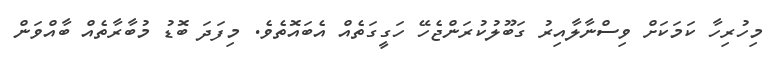
މިހުރިހާ ކަމަކަށް ވިސްނާލާއިރު ގަބޫލުކުރަންޖެހޭ ހަގީގަތެއް އެބައޮތެވެ. މިފަދަ ބޮޑު މުބާރާތެއް ބާއްވަން